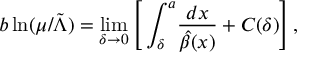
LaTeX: b \ln ( \mu / { \tilde { \Lambda } } ) = \operatorname * { l i m } _ { \delta \to 0 } \left[ \, \int _ { \delta } ^ { a } \! \frac { d x } { \hat { \beta } ( x ) } + { \cal C } ( \delta ) \right] ,